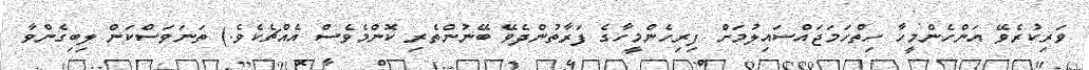
ވަރިކުރެވޭ އަންހެންމީހާ ހިތްހަމަޖައްސައިލުމަށް ފިރިހެންމީހާގެ ފަރާތުންދެވޭ ބޭނުންތެރި ކޮންމެވެސް އެއްޗެކެވެ.) ތަނަވަސްކަން ލިބިގެންވާ